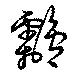
鸘